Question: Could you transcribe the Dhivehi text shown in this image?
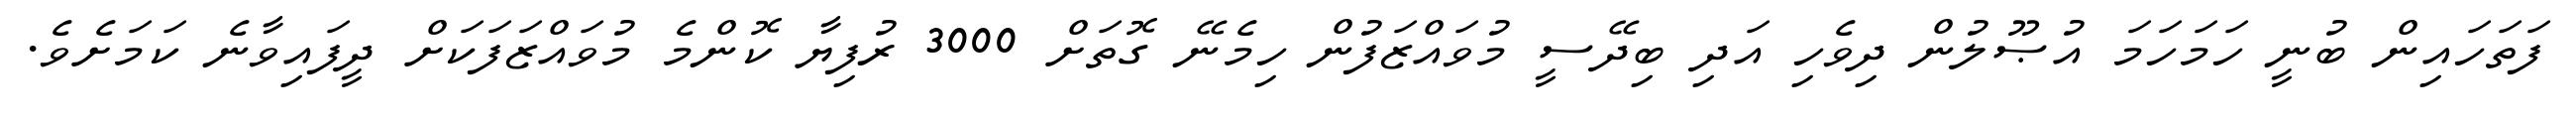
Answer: ފަތަހައިން ބުނީ ހަމަހަމަ އުޞޫލުން ދިވެހި އަދި ބިދޭސީ މުވައްޒަފުން ހިމެނޭ ގޮތަށް 3000 ރުފިޔާ ކޮންމެ މުވައްޒަފަކަށް ދީފައިވާނެ ކަމަށެވެ.